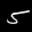
Label: 5